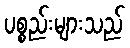
ပစ္စည်းများသည်